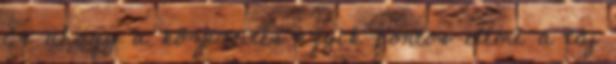
És ahogy a közvetítés egyik fontos eleme a táj